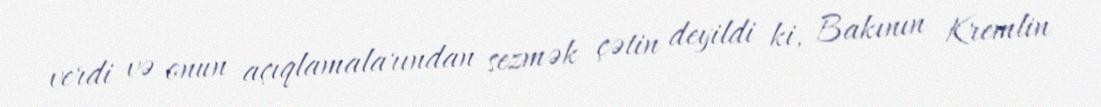
verdi və onun açıqlamalarından sezmək çətin deyildi ki, Bakının Kremlin